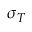
\sigma _ { T }